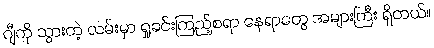
ဂျီကို သွားတဲ့ လမ်းမှာ ရှုခင်းကြည့်စရာ နေရာတွေ အများကြီး ရှိတယ်။